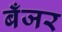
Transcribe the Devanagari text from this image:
बँजर